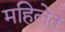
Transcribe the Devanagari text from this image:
महिलेत